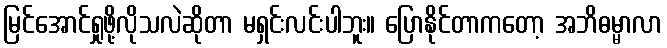
မြင်အောင်ရှုဖို့လိုသလဲဆိုတာ မရှင်းလင်းပါဘူး။ ပြောနိုင်တာကတော့ အဘိဓမ္မာလာ